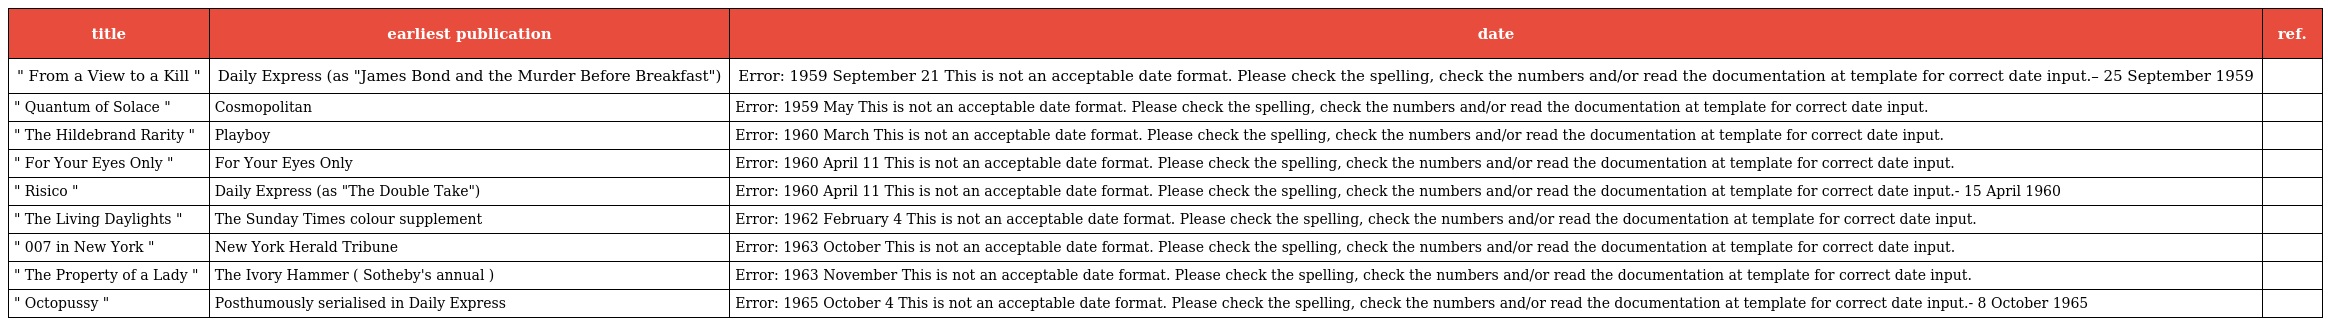
| title | earliest publication | date | ref. |
 | --- | --- | --- | --- |
 | " From a View to a Kill " | Daily Express (as "James Bond and the Murder Before Breakfast") | Error: 1959 September 21 This is not an acceptable date format. Please check the spelling, check the numbers and/or read the documentation at template for correct date input.– 25 September 1959 |  |
 | " Quantum of Solace " | Cosmopolitan | Error: 1959 May This is not an acceptable date format. Please check the spelling, check the numbers and/or read the documentation at template for correct date input. |  |
 | " The Hildebrand Rarity " | Playboy | Error: 1960 March This is not an acceptable date format. Please check the spelling, check the numbers and/or read the documentation at template for correct date input. |  |
 | " For Your Eyes Only " | For Your Eyes Only | Error: 1960 April 11 This is not an acceptable date format. Please check the spelling, check the numbers and/or read the documentation at template for correct date input. |  |
 | " Risico " | Daily Express (as "The Double Take") | Error: 1960 April 11 This is not an acceptable date format. Please check the spelling, check the numbers and/or read the documentation at template for correct date input.- 15 April 1960 |  |
 | " The Living Daylights " | The Sunday Times colour supplement | Error: 1962 February 4 This is not an acceptable date format. Please check the spelling, check the numbers and/or read the documentation at template for correct date input. |  |
 | " 007 in New York " | New York Herald Tribune | Error: 1963 October This is not an acceptable date format. Please check the spelling, check the numbers and/or read the documentation at template for correct date input. |  |
 | " The Property of a Lady " | The Ivory Hammer ( Sotheby's annual ) | Error: 1963 November This is not an acceptable date format. Please check the spelling, check the numbers and/or read the documentation at template for correct date input. |  |
 | " Octopussy " | Posthumously serialised in Daily Express | Error: 1965 October 4 This is not an acceptable date format. Please check the spelling, check the numbers and/or read the documentation at template for correct date input.- 8 October 1965 |  |